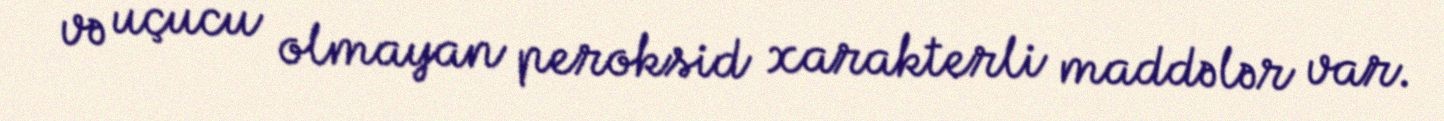
və uçucu olmayan peroksid xarakterli maddələr var.